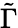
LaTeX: \tilde{\Gamma}